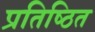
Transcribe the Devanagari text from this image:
प्रतिष्‍िठत